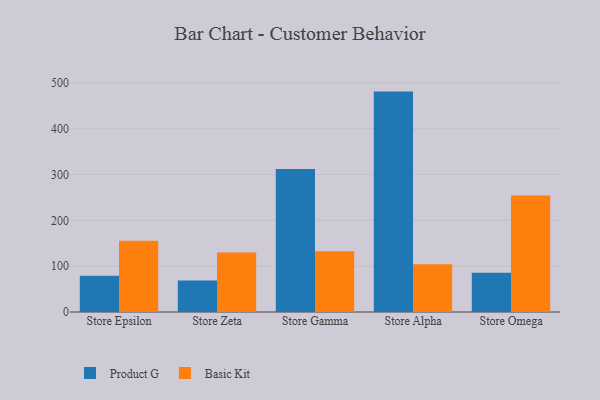
{"axis": {"x": "Store", "y": "Shipments"}, "legend": ["Basic Kit", "Product G"], "data": [{"x": "Store Epsilon", "y": 79.0, "type": "Product G"}, {"x": "Store Epsilon", "y": 155.4, "type": "Basic Kit"}, {"x": "Store Zeta", "y": 68.6, "type": "Product G"}, {"x": "Store Zeta", "y": 130.0, "type": "Basic Kit"}, {"x": "Store Gamma", "y": 312.1, "type": "Product G"}, {"x": "Store Gamma", "y": 132.4, "type": "Basic Kit"}, {"x": "Store Alpha", "y": 481.0, "type": "Product G"}, {"x": "Store Alpha", "y": 104.0, "type": "Basic Kit"}, {"x": "Store Omega", "y": 85.9, "type": "Product G"}, {"x": "Store Omega", "y": 254.4, "type": "Basic Kit"}]}